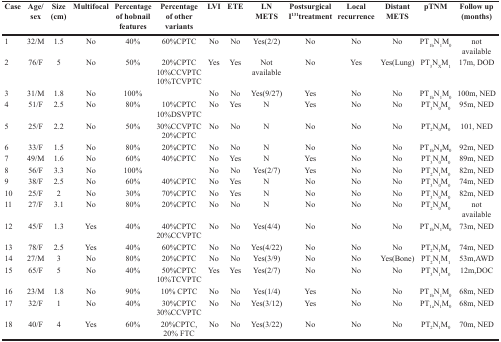
<table><thead><tr><td><b>Case</b></td><td><b>Age/sex</b></td><td><b>Size (cm)</b></td><td><b>Multifocal</b></td><td><b>Percentage of hobnail features</b></td><td><b>Percentage of other variants</b></td><td><b>LVI</b></td><td><b>ETE</b></td><td><b>LN METS</b></td><td><b>Postsurgical I<sup>131</sup>treatment</b></td><td><b>Local recurrence</b></td><td><b>Distant METS</b></td><td><b>pTNM</b></td><td><b>Follow up (months)</b></td></tr></thead><tbody><tr><td>1</td><td>32/M</td><td>1.5</td><td>No</td><td>40%</td><td>60%CPTC</td><td>No</td><td>No</td><td>Yes(2/2)</td><td>No</td><td>No</td><td>No</td><td>PT<sub>1b</sub>N<sub>1</sub>M<sub>0</sub></td><td>not available</td></tr><tr><td>2</td><td>76/F</td><td>5</td><td>No</td><td>50%</td><td>20%CPTC 10%CCVPTC 10%TCVPTC</td><td>Yes</td><td>Yes</td><td>Not available</td><td>No</td><td>Yes</td><td>Yes(Lung)</td><td>PT<sub>3</sub>N<sub>X</sub>M<sub>1</sub></td><td>17m, DOD</td></tr><tr><td>3</td><td>31/M</td><td>1.8</td><td>No</td><td>100%</td><td>[EMPTY_CELL]</td><td>No</td><td>No</td><td>Yes(9/27)</td><td>Yes</td><td>No</td><td>No</td><td>PT<sub>1b</sub>N<sub>1</sub>M<sub>0</sub></td><td>100m, NED</td></tr><tr><td>4</td><td>51/F</td><td>2.5</td><td>No</td><td>80%</td><td>10%CPTC 10%DSVPTC</td><td>No</td><td>Yes</td><td>N</td><td>Yes</td><td>No</td><td>No</td><td>PT<sub>3</sub>N<sub>0</sub>M<sub>0</sub></td><td>95m, NED</td></tr><tr><td>5</td><td>25/F</td><td>2.2</td><td>No</td><td>50%</td><td>30%CCVPTC 20%CPTC</td><td>No</td><td>No</td><td>N</td><td>No</td><td>No</td><td>No</td><td>PT<sub>2</sub>N<sub>0</sub>M<sub>0</sub></td><td>101, NED</td></tr><tr><td>6</td><td>33/F</td><td>1.5</td><td>No</td><td>80%</td><td>20%CPTC</td><td>No</td><td>No</td><td>N</td><td>No</td><td>No</td><td>No</td><td>PT<sub>1b</sub>N<sub>0</sub>M<sub>0</sub></td><td>92m, NED</td></tr><tr><td>7</td><td>49/M</td><td>1.6</td><td>No</td><td>60%</td><td>40%CPTC</td><td>No</td><td>Yes</td><td>N</td><td>Yes</td><td>No</td><td>No</td><td>PT<sub>3</sub>N<sub>0</sub>M<sub>0</sub></td><td>89m, NED</td></tr><tr><td>8</td><td>56/F</td><td>3.3</td><td>No</td><td>100%</td><td>[EMPTY_CELL]</td><td>No</td><td>No</td><td>Yes(2/7)</td><td>Yes</td><td>No</td><td>No</td><td>PT<sub>2</sub>N<sub>1</sub>M<sub>0</sub></td><td>82m, NED</td></tr><tr><td>9</td><td>38/F</td><td>2.5</td><td>No</td><td>60%</td><td>40%CPTC</td><td>No</td><td>Yes</td><td>N</td><td>No</td><td>No</td><td>No</td><td>PT<sub>3</sub>N<sub>0</sub>M<sub>0</sub></td><td>74m, NED</td></tr><tr><td>10</td><td>25/F</td><td>2</td><td>No</td><td>30%</td><td>70%CPTC</td><td>No</td><td>Yes</td><td>N</td><td>No</td><td>No</td><td>No</td><td>PT<sub>3</sub>N<sub>0</sub>M<sub>0</sub></td><td>82m, NED</td></tr><tr><td>11</td><td>27/F</td><td>3.1</td><td>No</td><td>80%</td><td>20%CPTC</td><td>No</td><td>No</td><td>N</td><td>No</td><td>No</td><td>No</td><td>PT<sub>2</sub>N<sub>0</sub>M<sub>0</sub></td><td>not available</td></tr><tr><td>12</td><td>45/F</td><td>1.3</td><td>Yes</td><td>40%</td><td>40%CPTC 20%CCVPTC</td><td>No</td><td>No</td><td>Yes(4/4)</td><td>No</td><td>No</td><td>No</td><td>PT<sub>1b</sub>N<sub>1</sub>M<sub>0</sub></td><td>73m, NED</td></tr><tr><td>13</td><td>78/F</td><td>2.5</td><td>Yes</td><td>40%</td><td>60%CPTC</td><td>No</td><td>No</td><td>Yes(4/22)</td><td>No</td><td>No</td><td>No</td><td>PT<sub>2</sub>N<sub>1</sub>M<sub>0</sub></td><td>74m, NED</td></tr><tr><td>14</td><td>27/M</td><td>3</td><td>No</td><td>80%</td><td>20%CPTC</td><td>No</td><td>No</td><td>Yes(3/9)</td><td>No</td><td>No</td><td>Yes(Bone)</td><td>PT<sub>2</sub>N<sub>1</sub>M<sub>1</sub></td><td>53m,AWD</td></tr><tr><td>15</td><td>65/F</td><td>5</td><td>No</td><td>40%</td><td>50%CPTC 10%TCVPTC</td><td>Yes</td><td>Yes</td><td>Yes(2/7)</td><td>No</td><td>No</td><td>No</td><td>PT<sub>3</sub>N<sub>1</sub>M<sub>0</sub></td><td>12m,DOC</td></tr><tr><td>16</td><td>23/M</td><td>1.8</td><td>No</td><td>90%</td><td>10% CPTC</td><td>No</td><td>No</td><td>Yes(1/4)</td><td>Yes</td><td>No</td><td>No</td><td>PT<sub>1b</sub>N<sub>1</sub>M<sub>0</sub></td><td>68m, NED</td></tr><tr><td>17</td><td>32/F</td><td>1</td><td>No</td><td>40%</td><td>30%CPTC 30%CCVPTC</td><td>No</td><td>No</td><td>Yes(3/12)</td><td>Yes</td><td>No</td><td>No</td><td>PT<sub>1a</sub>N<sub>1</sub>M<sub>0</sub></td><td>68m, NED</td></tr><tr><td>18</td><td>40/F</td><td>4</td><td>Yes</td><td>60%</td><td>20%CPTC, 20% FTC</td><td>No</td><td>No</td><td>Yes(3/22)</td><td>No</td><td>No</td><td>No</td><td>PT<sub>2</sub>N<sub>1</sub>M<sub>0</sub></td><td>70m, NED</td></tr></tbody></table>